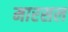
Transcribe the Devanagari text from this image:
मारसल